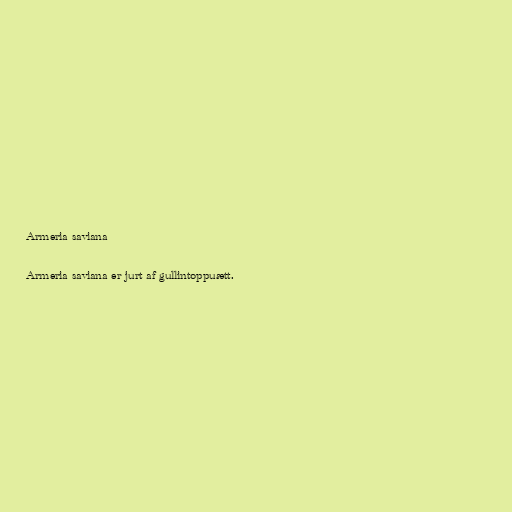
Armeria saviana

Armeria saviana er jurt af gullintoppuætt.